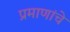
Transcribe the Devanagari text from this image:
प्रमाणांचे